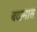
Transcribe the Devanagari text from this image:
बदामास